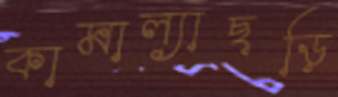
কামাল্যাছড়ি